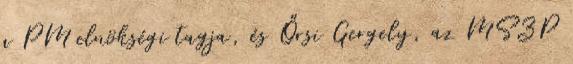
a PM elnökségi tagja, és Őrsi Gergely, az MSZP